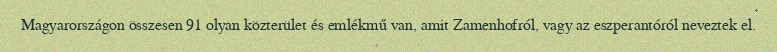
Magyarországon összesen 91 olyan közterület és emlékmű van, amit Zamenhofról, vagy az eszperantóról neveztek el.